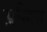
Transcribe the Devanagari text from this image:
अग्गिस